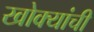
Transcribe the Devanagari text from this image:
खोक्यांची